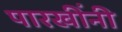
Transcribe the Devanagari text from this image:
पारखींनी